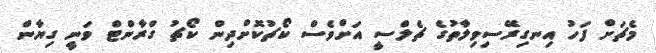
މެޗަށް ފަހު އިނގިރޭސިވިލާތުގެ ޗެލްސީ އަށްވެސް ކޯޗުކޮށްދިން ކޯޗު ގްރާންޓް ވަނީ ގިޔާން